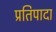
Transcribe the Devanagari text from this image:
प्रतिपादा